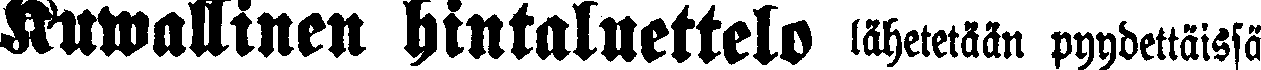
Kuwallinen hintaluettelo lähetetään pyydettäissä